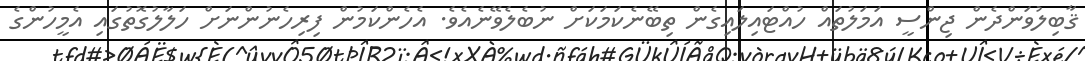
ޤާބިލުވަންދެން ޖިންސީ އަމަލުތައް ހުއްޓައިލައިގެން ތިބޭނެކަމަކަށް ނުބެލެވޭނެއެވެ. އެހެންކަމުން ފިރިހެނުންނަށް ހަލާލުގޮތުގައި އެމީހުންގެ